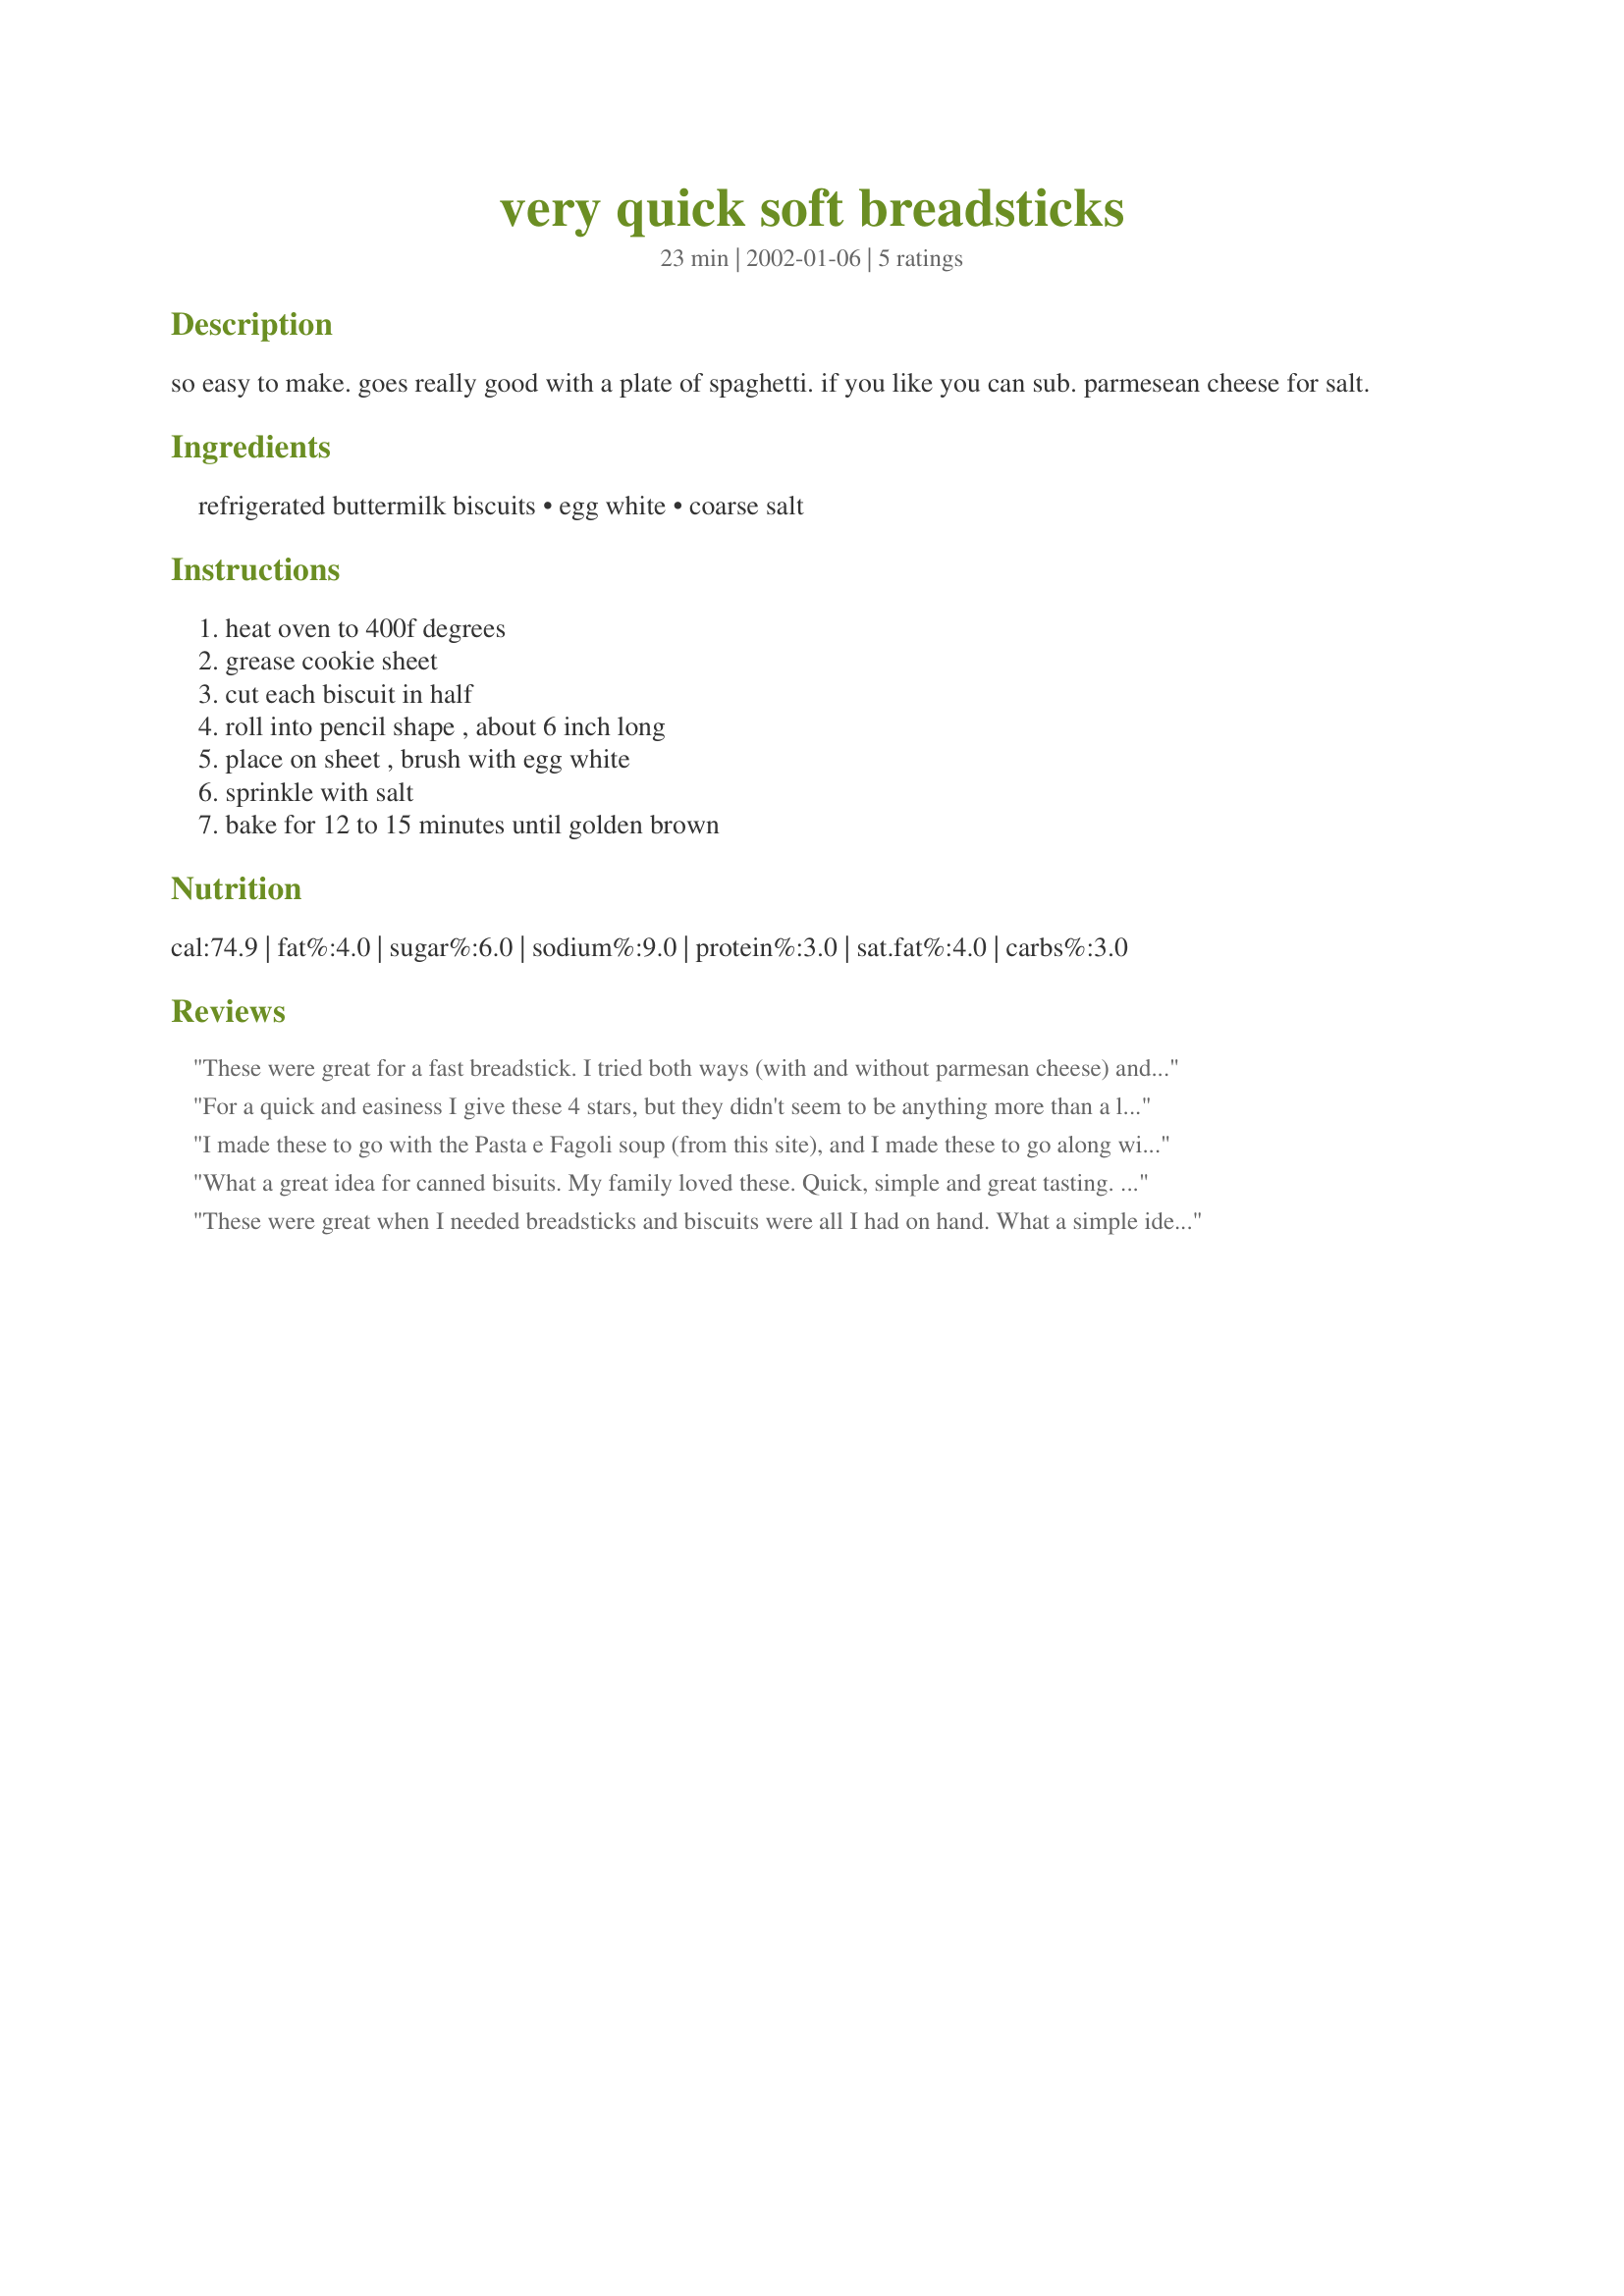
very quick soft breadsticks
Preparation time: 23 minutes

so easy to make. goes really good with a plate of spaghetti. if you like you can sub. parmesean cheese for salt.

Ingredients:
refrigerated buttermilk biscuits, egg white, coarse salt

Steps:
heat oven to 400f degrees, grease cookie sheet, cut each biscuit in half, roll into pencil shape , about 6 inch long, place on sheet , brush with egg white, sprinkle with salt, bake for 12 to 15 minutes until golden brown

Reviews:
These were great for a fast breadstick. I tried both ways (with and without parmesan cheese) and I loved the parmesan a lot! Thanks for a quick recipe when I was in a crunch!
For a quick and easiness I give these 4 stars, but they didn't seem to be anything more than a long biscuit. Next time I'm going to give them a quick roll in garlic butter instead of egg plus the cheese.
I made these to go with the Pasta e Fagoli soup (from this site), and I made these to go along with them. I made these for the soup club I have, and I was doing this late and forgot the egg white, but it didn't matter. I did sprinkle them with the Parmesean cheese. I re-heated them the next day in the toaster oven (wrapped in foil) just to warm them up. Several people thought I made them from scratch. This was very easy and also very economical. Thank you.
What a great idea for canned bisuits. My family loved these. Quick, simple and great tasting. Thanks MizzNezz!
These were great when I needed breadsticks and biscuits were all I had on hand. What a simple idea, worked great and tasted great! Thanks for the great recipe!
